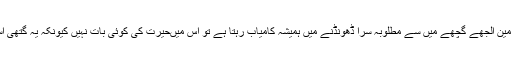
ایسی صورتِ میں اگر واپڈا لائن مین اُلجھے گچھے میں سے مطلوبہ سِرا ڈھونڈنے میں ہمیشہ کامیاب رہتا ہے تو اس میںحیرت کی کوئی بات نہیں کیونکہ یہ گُتھی اُسی کے ہاتھوں اُلجھی ہوتی ہے ۔